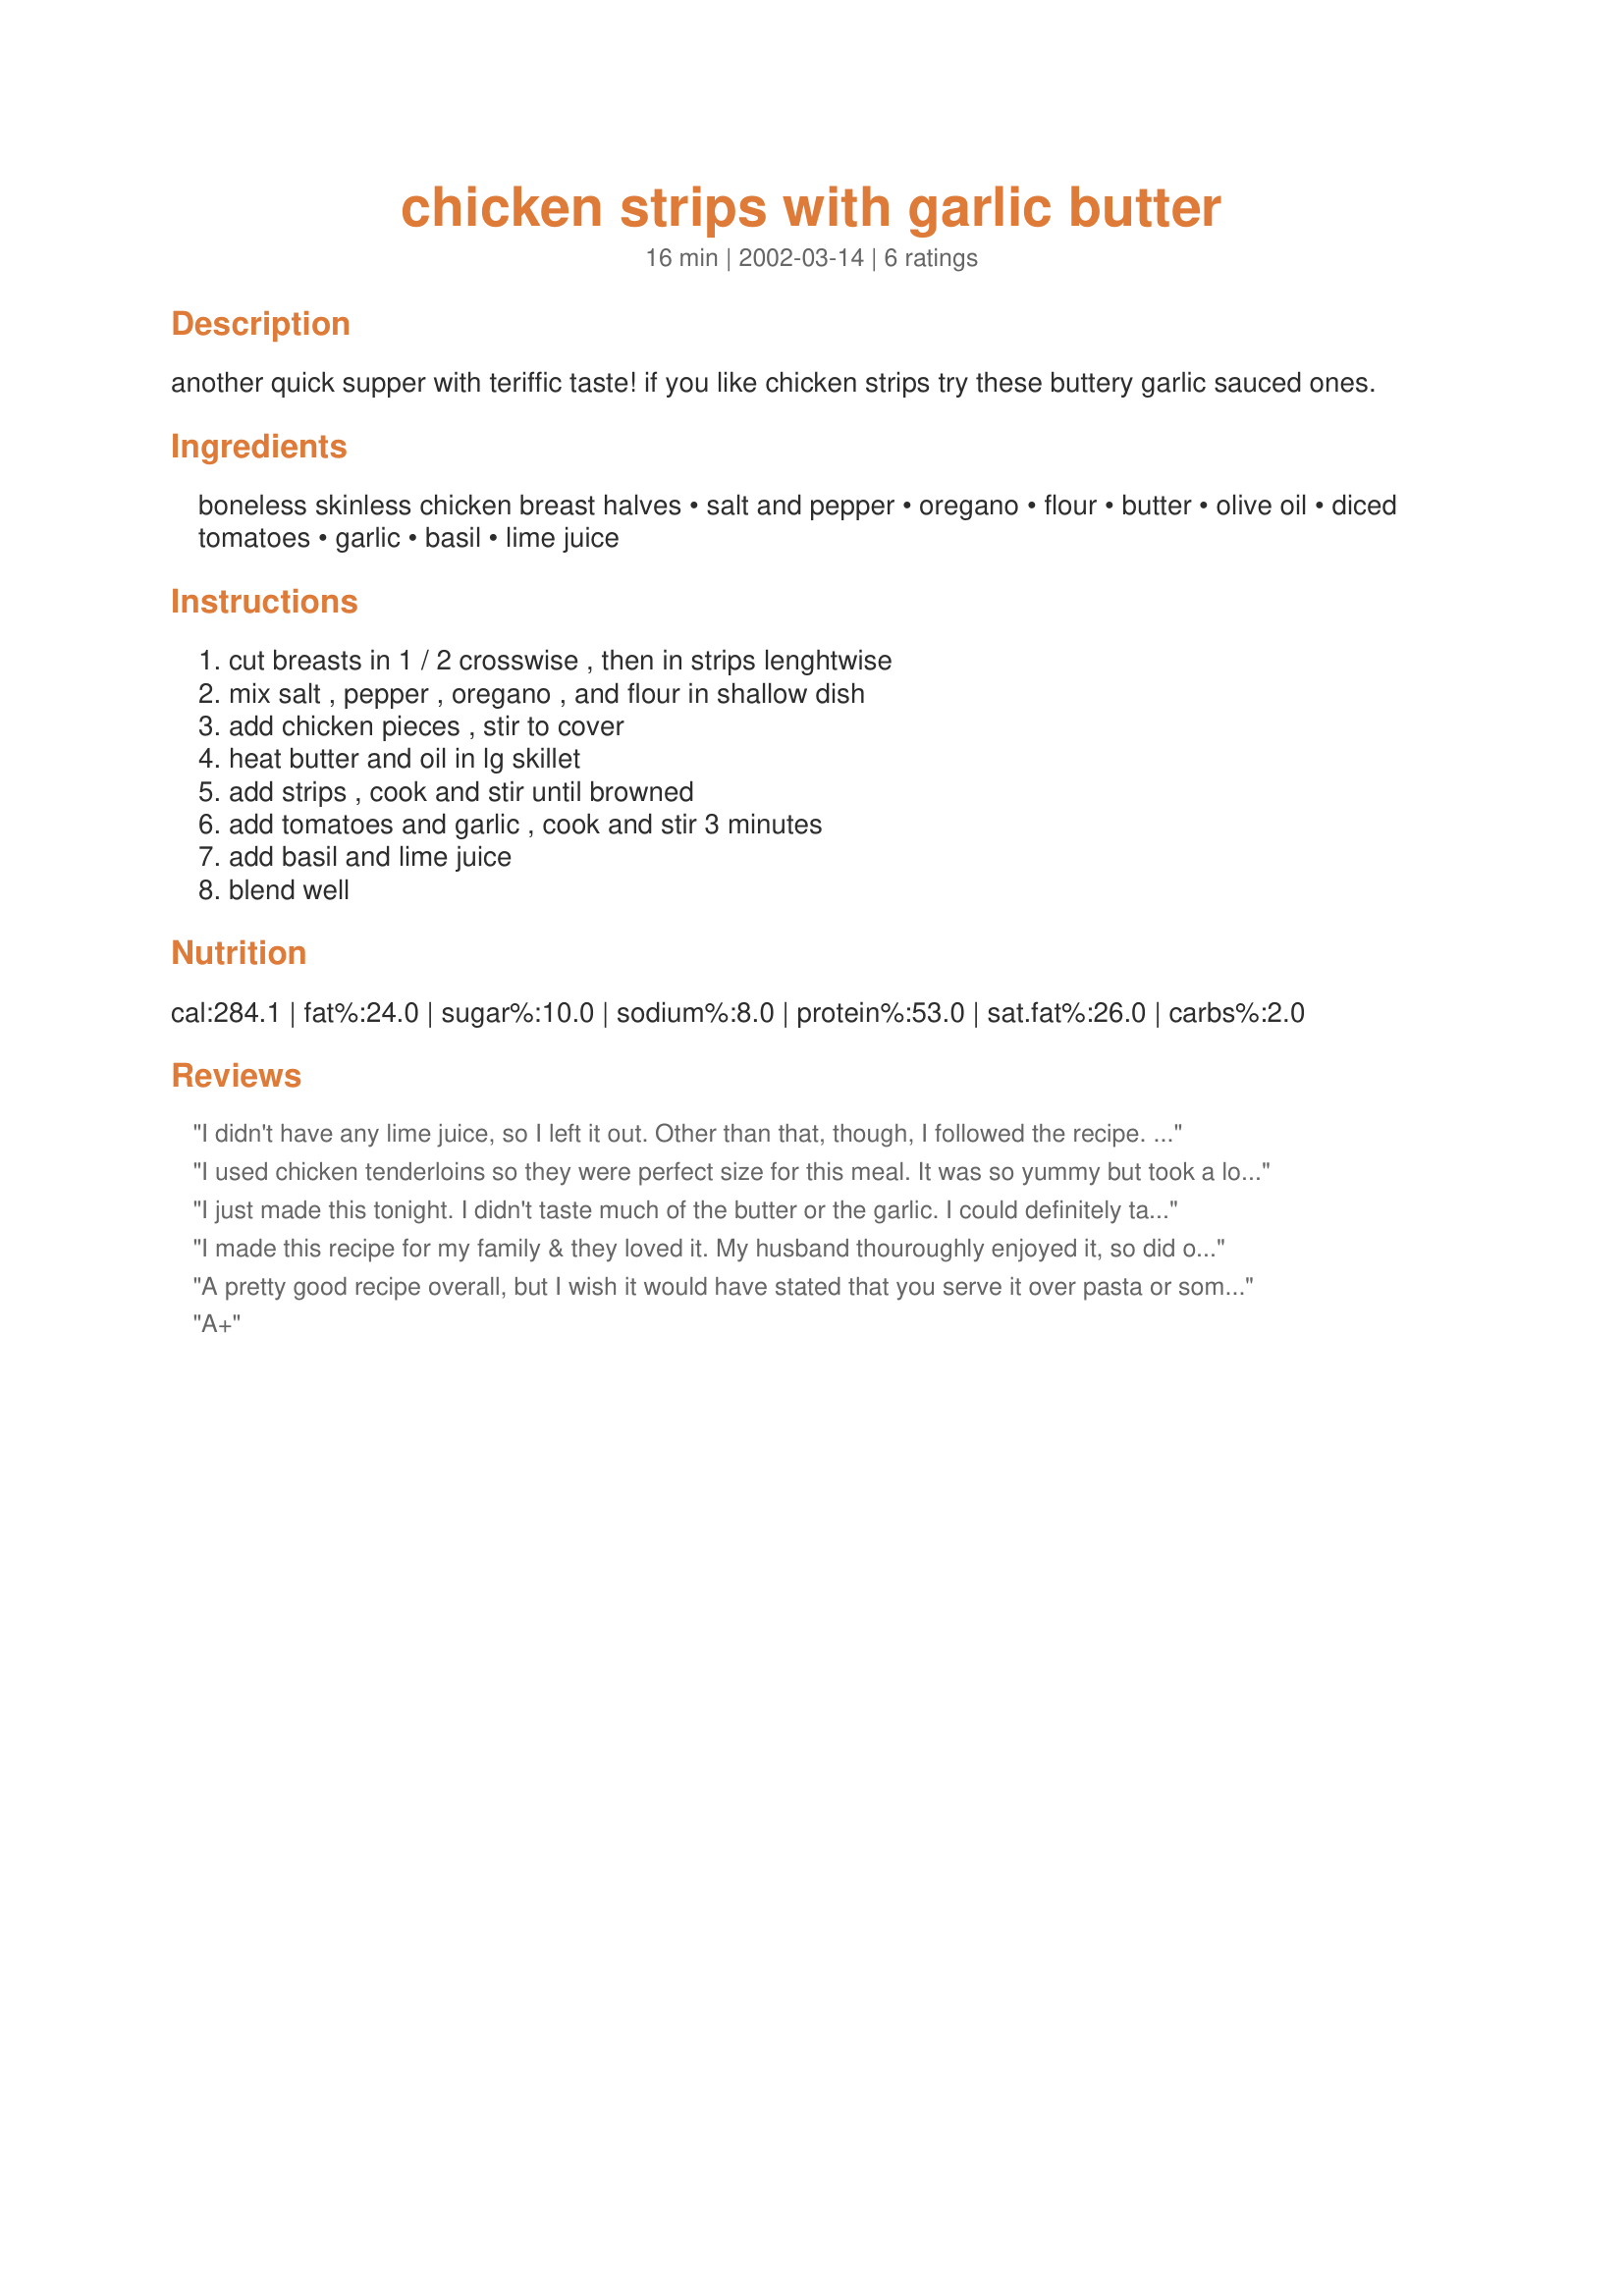
chicken strips with garlic butter
Preparation time: 16 minutes

another quick supper with teriffic taste! if you like chicken strips try these buttery garlic sauced ones.

Ingredients:
boneless skinless chicken breast halves, salt and pepper, oregano, flour, butter, olive oil, diced tomatoes, garlic, basil, lime juice

Steps:
cut breasts in 1 / 2 crosswise , then in strips lenghtwise, mix salt , pepper , oregano , and flour in shallow dish, add chicken pieces , stir to cover, heat butter and oil in lg skillet, add strips , cook and stir until browned, add tomatoes and garlic , cook and stir 3 minutes, add basil and lime juice, blend well

Reviews:
I didn't have any lime juice, so I left it out. Other than that, though, I followed the recipe. It was delicious and super easy! I'll definitely be making this recipe in the near future.
I used chicken tenderloins so they were perfect size for this meal. It was so yummy but took a long time to make enough for my whole family...but the taste was definatly worth it!
I just made this tonight. I didn't taste much of the butter or the garlic. I could definitely taste the lime & tomatoes though. I also had to cook the chicken in two batches as my large skillet just wasn't big enough. So that slowed things down. Sorry but it just wasn't a keeper for me.
I made this recipe for my family & they loved it. My husband thouroughly enjoyed it, so did our 2 boys.
It is so easy to make. I absolutely loved the lime juice. The smell lingers through my house & makes our mouths water.
Thank You Mizz Nezz
p.s This will become a family favourite
A pretty good recipe overall, but I wish it would have stated that you serve it over pasta or something. It's more of a saucy dish than I expected (I used canned diced tomatoes) Also, I thought the lime was a little overpowering, so I'd tone it down to 1 tablespoon instead of two.
A+
